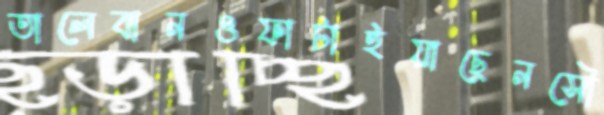
তালেবানওফাটাইয়াছেনসৌ